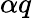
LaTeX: \alpha q